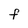
Character: f